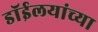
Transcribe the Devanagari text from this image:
डाॅईलयांच्या